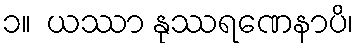
၁။  ယဿာ နုဿရဏေနာပိ၊